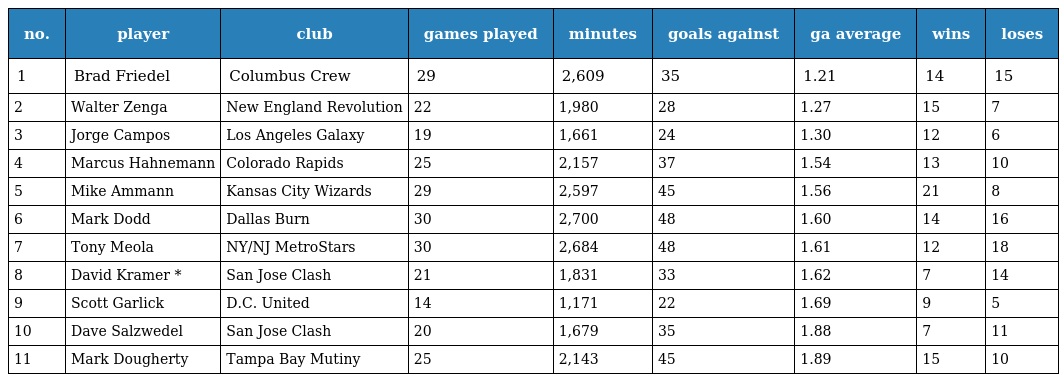
| no. | player | club | games played | minutes | goals against | ga average | wins | loses |
 | --- | --- | --- | --- | --- | --- | --- | --- | --- |
 | 1 | Brad Friedel | Columbus Crew | 29 | 2,609 | 35 | 1.21 | 14 | 15 |
 | 2 | Walter Zenga | New England Revolution | 22 | 1,980 | 28 | 1.27 | 15 | 7 |
 | 3 | Jorge Campos | Los Angeles Galaxy | 19 | 1,661 | 24 | 1.30 | 12 | 6 |
 | 4 | Marcus Hahnemann | Colorado Rapids | 25 | 2,157 | 37 | 1.54 | 13 | 10 |
 | 5 | Mike Ammann | Kansas City Wizards | 29 | 2,597 | 45 | 1.56 | 21 | 8 |
 | 6 | Mark Dodd | Dallas Burn | 30 | 2,700 | 48 | 1.60 | 14 | 16 |
 | 7 | Tony Meola | NY/NJ MetroStars | 30 | 2,684 | 48 | 1.61 | 12 | 18 |
 | 8 | David Kramer * | San Jose Clash | 21 | 1,831 | 33 | 1.62 | 7 | 14 |
 | 9 | Scott Garlick | D.C. United | 14 | 1,171 | 22 | 1.69 | 9 | 5 |
 | 10 | Dave Salzwedel | San Jose Clash | 20 | 1,679 | 35 | 1.88 | 7 | 11 |
 | 11 | Mark Dougherty | Tampa Bay Mutiny | 25 | 2,143 | 45 | 1.89 | 15 | 10 |